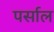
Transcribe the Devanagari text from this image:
पर्साल